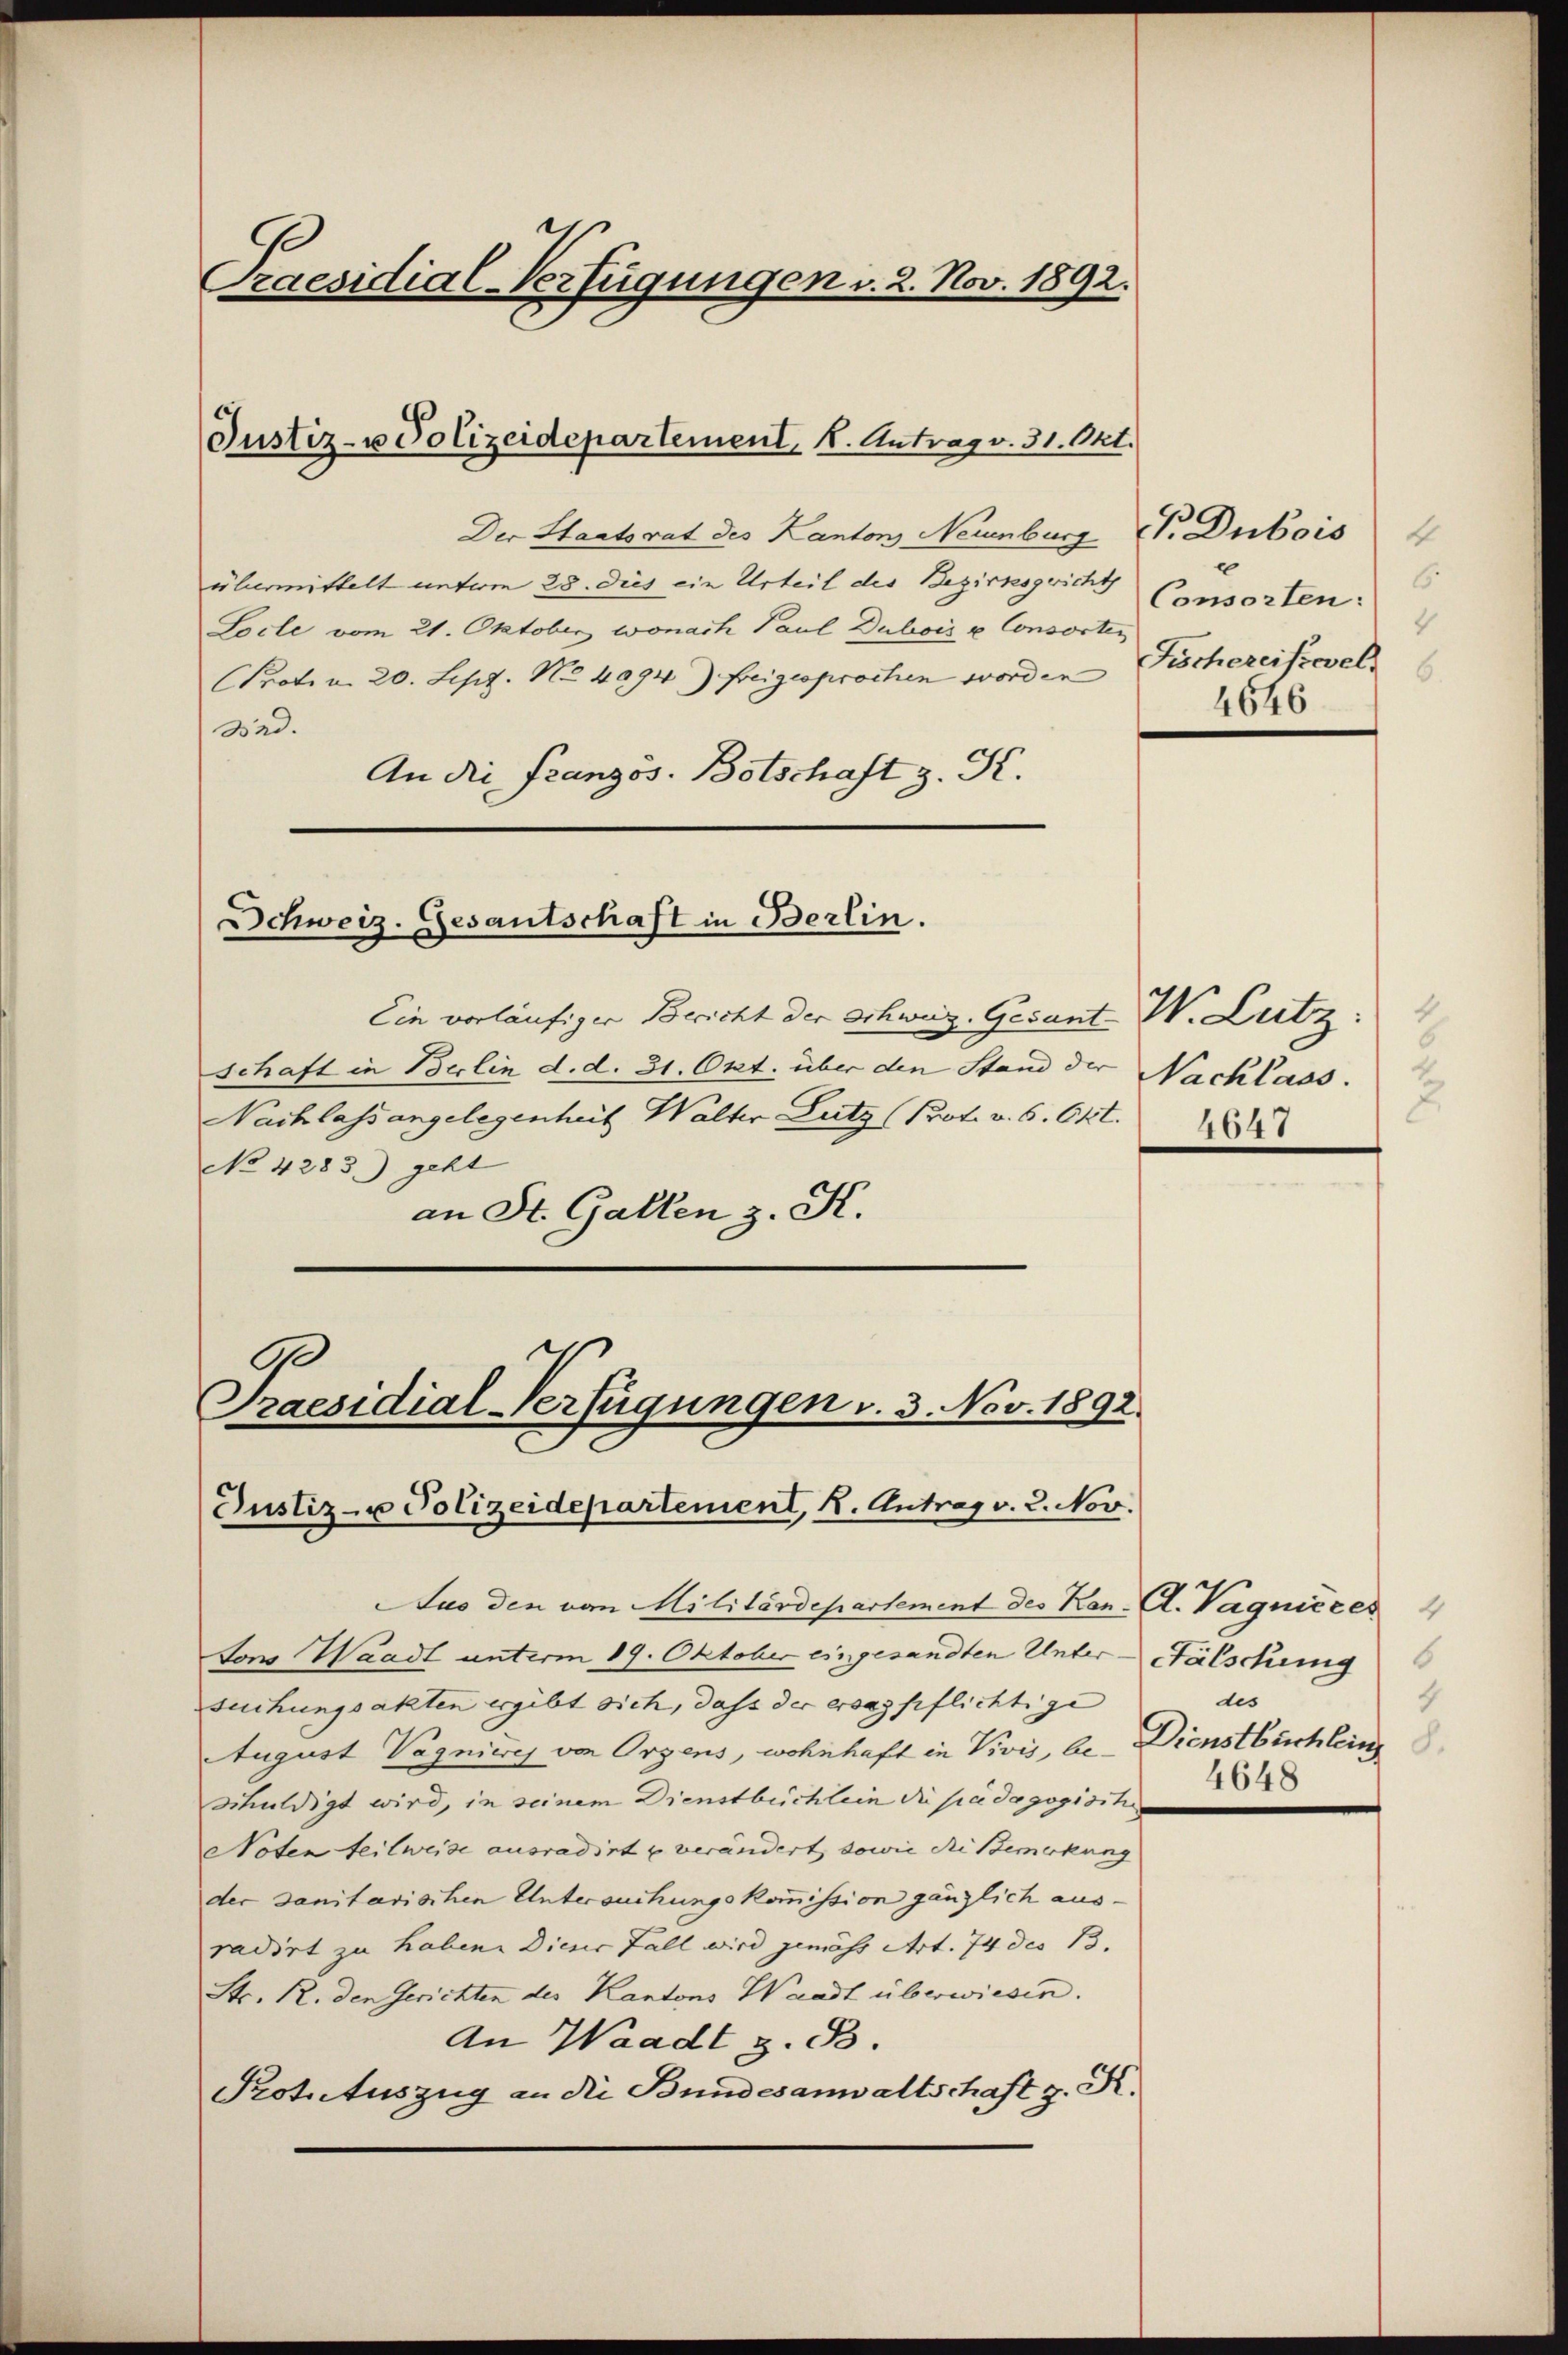
.
Praesidial-Verfügungen v. 2. Nov. 1892.

Justiz- u Polizeidepartement. K. Antrag v. 31. Okt.

Der Staatsrat des Kanton Neuenburg T. Dubois
übermittelt unterm 28. Dies ein Urteil des Bezirksgericht
Locle vom 21. Oktober wonach Paul Dubois u Consorten
Prot. v. 20. Sept. No 4094) freigesprochen worden
323.
An die Französ. Botschaft z. K.

Schweiz. Gesantschaft in Berlin.

Ein vorläufiger Bericht der Schweiz. Gesant-W. Lutz:
schaft in Berlin d. d. 31. Okt. über den Stand der
Nachlass angelegenheit Walter Lutz (Prot. v. 6. 647.
No 4283) geht
an St. Gallen z. K.

6
Praesidial-Verfügungen v. 3. Nov. 1892.
Justiz- u Polizeidepartement, 2. Antrag v. 2. Nov.

Aus den von Militärdepartement des Kon. A. Vagnièces
tons Waadt unterm 19. Oktober eingesandten Unter-Fälschung
suchungsakten ergibt sich, dass der ersagpflichtige
August Vagnierey von Orzens, wohnhaft in Vivis, be- Dienstbuchlein
schuldigt wird, in seinem Dienstbuchlein die pädagogische
Noten teilweise ausradirt u verändert, sowie die Bemerkung
der Sanitarischen Untersuchungskommission gänzlich ausradirt zu haben. Dieser Fall wird gemäss Art. 74 des 13.
Str. R. den Gerichten des Kantons Waadt überwiesen.
An Waadt z. B.
Potutuszug an die Bundesanwaltschaft z. K.

Nachlass.
u
4641

6.
Consorten:
c
Fischereifscel
4646

des
4
4648